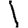
Digit: 1